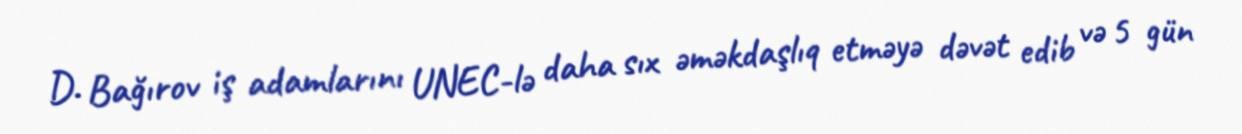
D. Bağırov iş adamlarını UNEC-lə daha sıx əməkdaşlıq etməyə dəvət edib və 5 gün